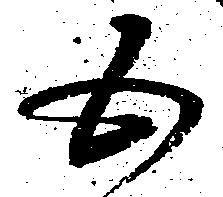
五